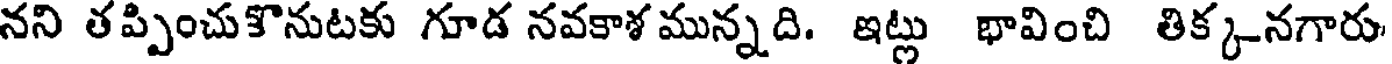
నని తప్పించుకొనుటకు గూడ నవకాశ మున్నది. ఇట్లు భావించి తిక్కనగారు